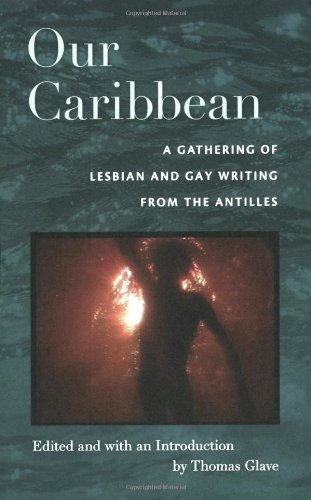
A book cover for Our Caribbean: A Gathering of Lesbian and Gay Writing from the Antilles; Literature & Fiction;